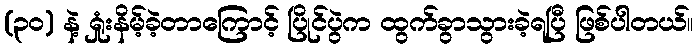
(၃ဝ) နဲ့ ရှုံးနိမ့်ခဲ့တာကြောင့် ပြိုင်ပွဲက ထွက်ခွာသွားခဲ့ရပြီ ဖြစ်ပါတယ်။